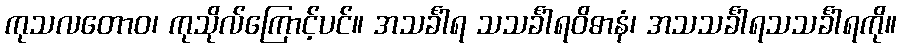
ကုသလတောဝ၊ ကုသိုလ်ကြောင့်ပင်။ အသင်္ခါရ သသင်္ခါရဝိဓာနံ၊ အသသင်္ခါရသသင်္ခါရကို။